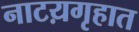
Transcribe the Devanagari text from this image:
नाटय़गृहात